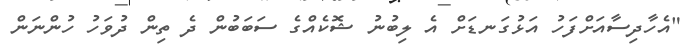
"އެހާދިސާއަށްފަހު އަޅުގަނޑަށް އެ ލިބުނު ޝޮކެއްގެ ސަބަބުން ދެ ތިން ދުވަހު ހުންނަން